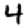
Digit: 4